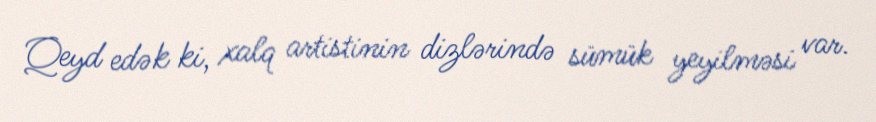
Qeyd edək ki, xalq artistinin dizlərində sümük yeyilməsi var.